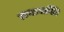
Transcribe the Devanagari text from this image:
भ्रनासक्ति